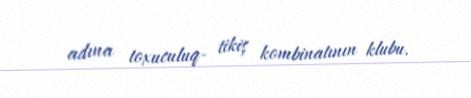
adına toxuculuq- tikiş kombinatının klubu.